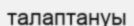
талаптануы